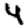
Digit: 4